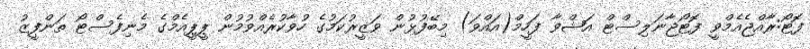
ފޮޓޯ:ރާއްޖެއެމްވީ ފޮޓޯޖާނަލިސްޓް އަޝްވާ ފަހީމް(އައްވަ) މިބޭފުޅުން ވަޒީރުކަމުގެ ހުވާކުރެއްވުމުން ޕީޕީއެމްގެ މެނިފެސްޓޯ ތަންފީޒު